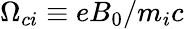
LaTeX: \Omega_{ci}\equiv eB_{0}/m_{i}c